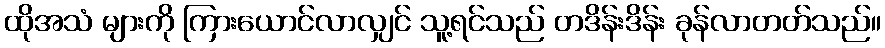
ထိုအသံ များကို ကြားယောင်လာလျှင် သူ့ရင်သည် တဒိန်းဒိန်း ခုန်လာတတ်သည်။